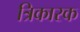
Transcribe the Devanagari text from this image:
त्रिकारक